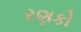
રણકો